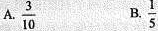
A.\frac{3}{10} B.\frac{1}{5}